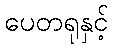
ပေတရုနှင့်